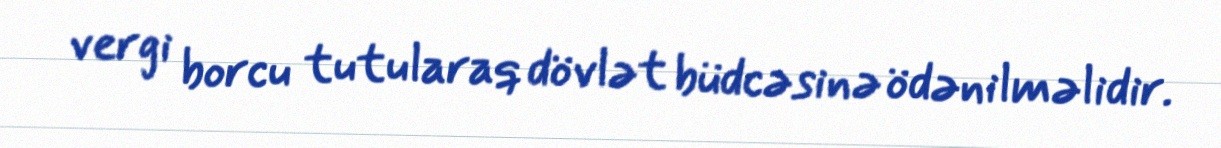
vergi borcu tutularaq dövlət büdcəsinə ödənilməlidir.